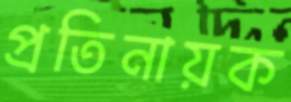
প্রতিনায়ক